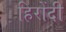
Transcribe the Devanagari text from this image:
हिरोंदी